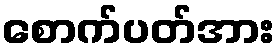
စောက်ပတ်အား